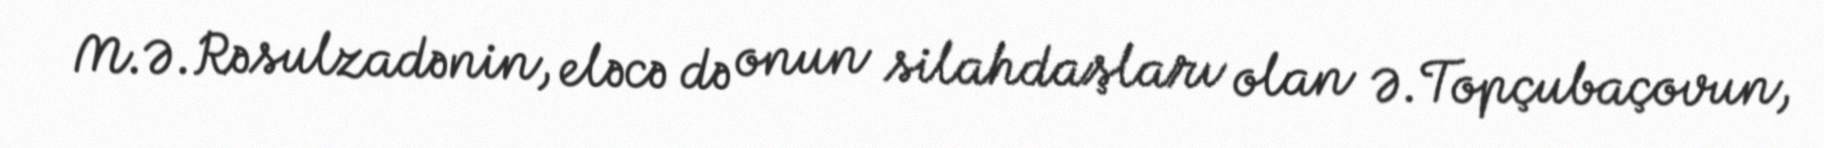
M.Ə.Rəsulzadənin, eləcə də onun silahdaşları olan Ə.Topçubaçovun,